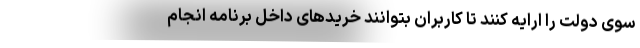
سوی دولت را ارایه کنند تا کاربران بتوانند خریدهای داخل برنامه انجام